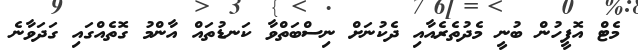
މެޓް އޮފީހުން ބުނީ މެދުތެރެއާއި ދެކުނަށް ނިސްބަތްވާ ކަނޑުތައް އާންމު ގޮތެއްގައި ގަދަވާނެ